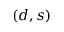
( d , s )